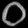
Digit: ၀